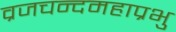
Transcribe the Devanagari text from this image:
व्रजचन्दमहाप्रभु